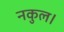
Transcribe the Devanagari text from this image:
नकुल।